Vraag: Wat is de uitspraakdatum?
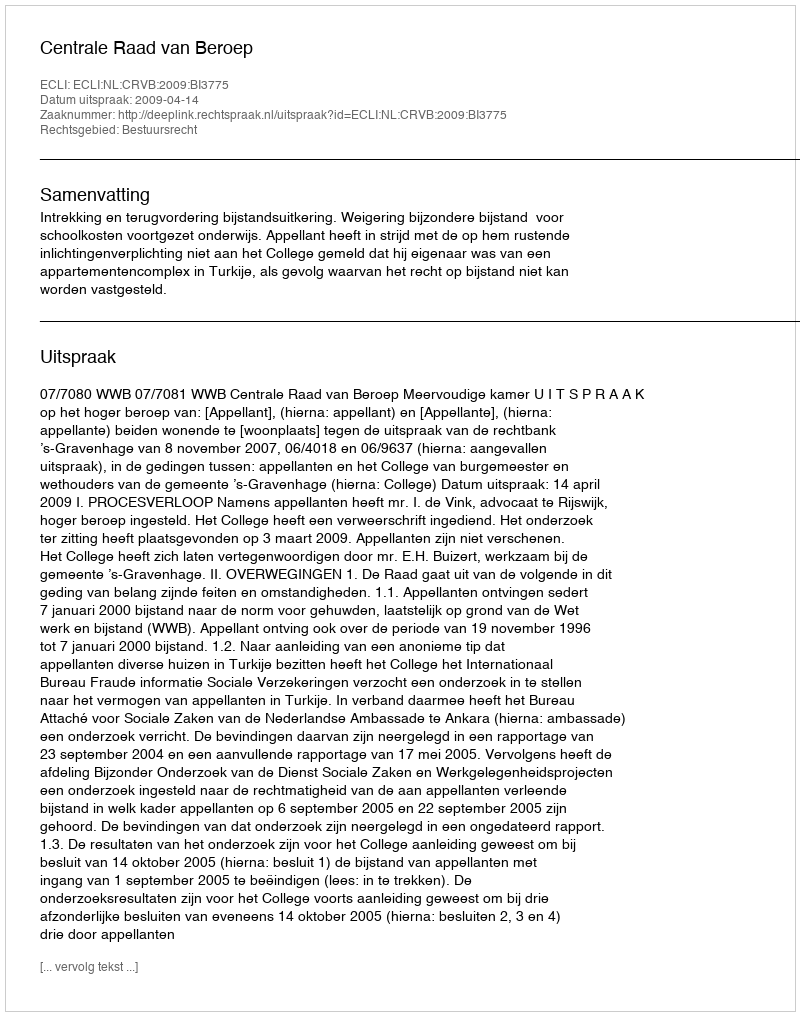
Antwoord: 2009-04-14